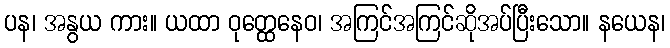
ပန၊ အနွယ ကား။ ယထာ ဝုတ္ထေနေဝ၊ အကြင်အကြင်ဆိုအပ်ပြီးသော။ နယေန၊